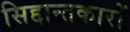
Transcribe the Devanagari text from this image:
सिद्दान्तकारों